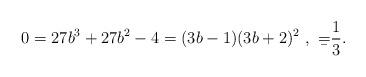
LaTeX: \begin{align*}0 = 27 b^3 + 27 b^2 - 4 = ( 3 b - 1 ) ( 3 b +2 )^2 \ , \ \b = \frac{1}{3} .\end{align*}